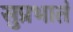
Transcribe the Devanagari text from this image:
सुप्रभातं